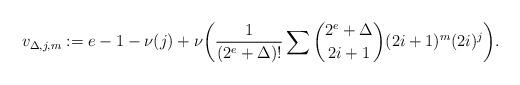
LaTeX: \begin{align*}v_{\Delta,j,m}:=e-1-\nu(j)+\nu\biggl(\frac1{(2^e+\Delta)!}\sum\binom{2^e+\Delta}{2i+1}(2i+1)^m(2i)^j\biggr).\end{align*}